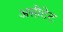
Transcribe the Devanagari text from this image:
असीटेट